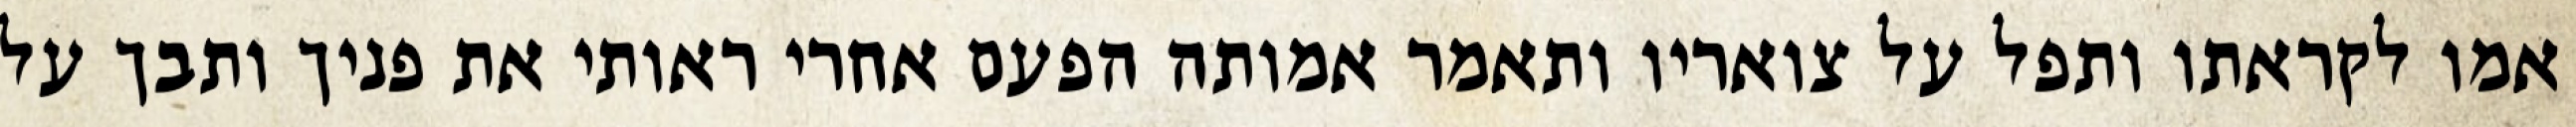
אמו לקראתו ותפל על צואריו ותאמר אמותה הפעם אחרי ראותי את פניך ותבך על